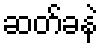
ဆတ်ခနဲ